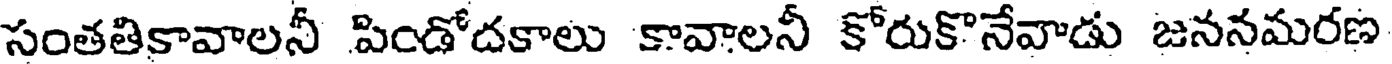
సంతతికావాలనీ పిండోదకాలు కావాలనీ కోరుకొనేవాడు జననమరణ